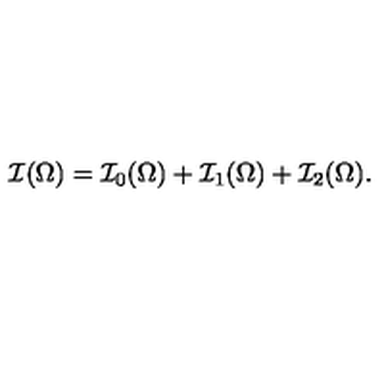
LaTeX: \mathcal { I } ( \Omega ) = \mathcal { I } _ { 0 } ( \Omega ) + \mathcal { I } _ { 1 } ( \Omega ) + \mathcal { I } _ { 2 } ( \Omega ) .